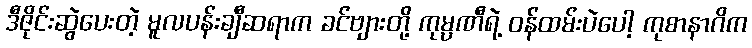
ဒီဇိုင်းဆွဲပေးတဲ့ မူလပန်းချီဆရာက ခင်ဗျားတို့ ကုမ္ပဏီရဲ့ ဝန်ထမ်းပဲပေါ့ ကုစာနာဂိက